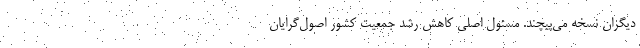
دیگران نسخه می‌پیچند. مسئول اصلی کاهش رشد جمعیت کشور اصول‌گرایان